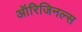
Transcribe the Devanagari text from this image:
ऑरिजिनल्स